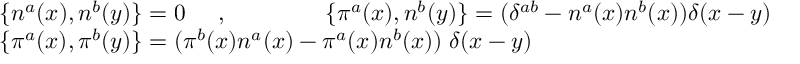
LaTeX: \begin{array} { l } { { \{ n ^ { a } ( x ) , n ^ { b } ( y ) \} = 0 \; \; \; \; \; , \; \; \; \; \; \; \; \; \; \; \; \; \; \; \; \{ { \pi } ^ { a } ( x ) , n ^ { b } ( y ) \} = ( \delta ^ { a b } - n ^ { a } ( x ) n ^ { b } ( x ) ) \delta ( x - y ) } } \\ { { \{ { \pi } ^ { a } ( x ) , { \pi } ^ { b } ( y ) \} = ( { \pi } ^ { b } ( x ) n ^ { a } ( x ) - { \pi } ^ { a } ( x ) n ^ { b } ( x ) ) \; \delta ( x - y ) } } \end{array}